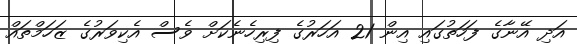
އަދި އޭނާގެ ފަހަތުގައި އިން 21 އަހަރުގެ ފިރިހެނެކަށް ވެސް އެކިވަރުގެ ޒަހަމްތައް